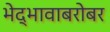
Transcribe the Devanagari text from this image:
भेद्भावाबरोबर